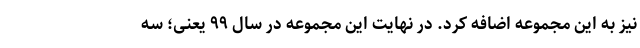
نیز به این مجموعه اضافه کرد. در نهایت این مجموعه در سال ۹۹ یعنی؛ سه